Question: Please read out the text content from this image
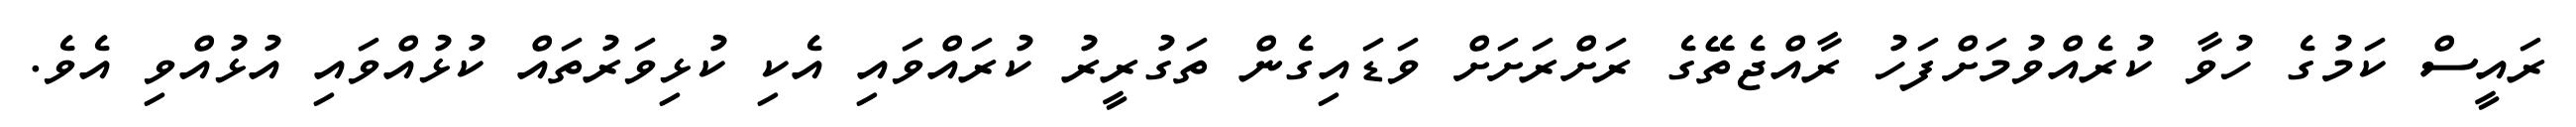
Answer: ރައީސް ކަމުގެ ހުވާ ކުރެއްވުމަށްފަހު ރާއްޖެތޭގެ ރަށްރަށަށް ވަޑައިގެން ތަގުރީރު ކުރައްވައި އެކި ކުޅިވަރުތައް ކުޅުއްވައި އުޅުއްވި އެވެ.